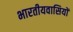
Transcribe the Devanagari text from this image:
भारतीयवासियों